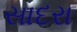
સાદરા